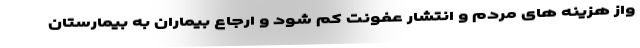
واز هزینه های مردم و انتشار عفونت کم شود و ارجاع بیماران به بیمارستان